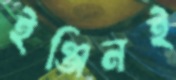
ইঞ্জিনই